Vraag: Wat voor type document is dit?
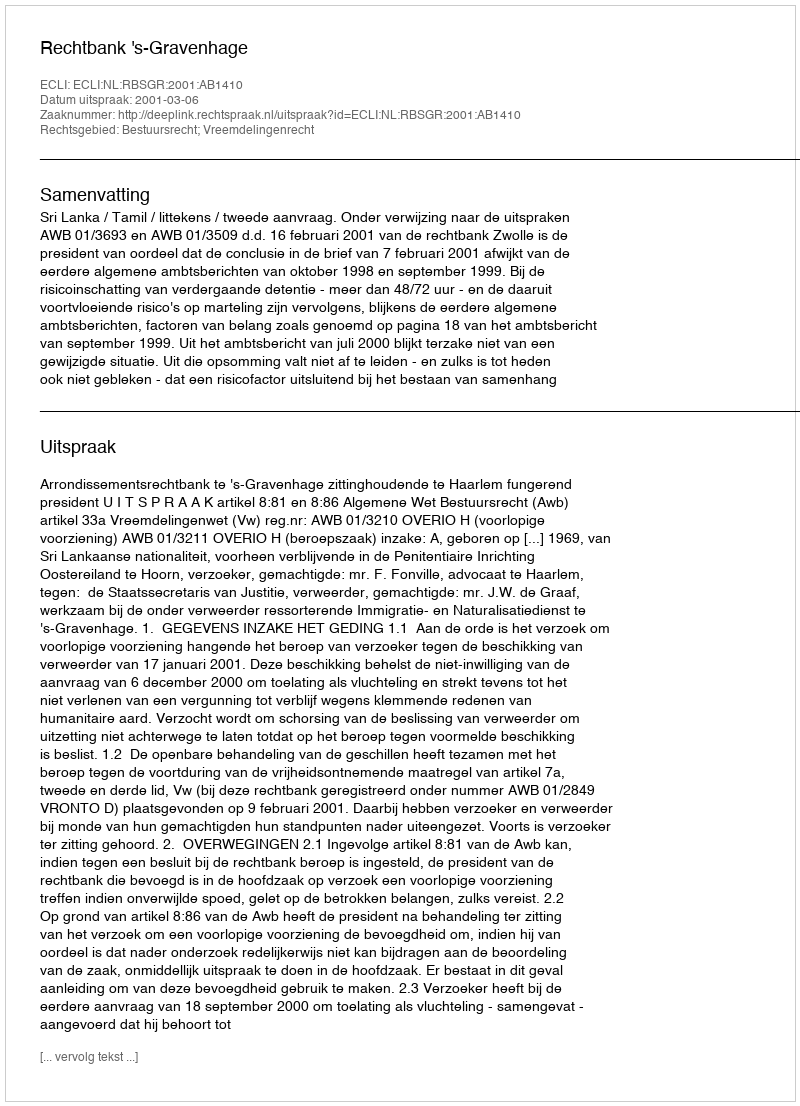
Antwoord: Uitspraak